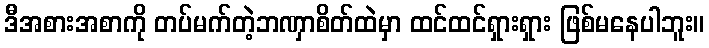
ဒီအစားအစာကို တပ်မက်တဲ့ဘဏှာစိတ်ထဲမှာ ထင်ထင်ရှားရှား ဖြစ်မနေပါဘူး။